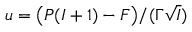
u = \big ( P ( I + 1 ) - F \big ) / ( \Gamma \sqrt { I } )